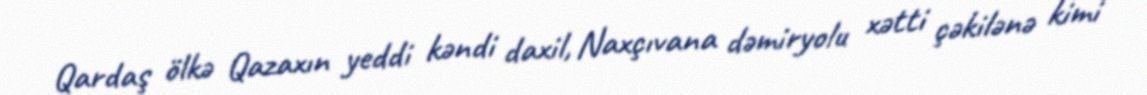
Qardaş ölkə Qazaxın yeddi kəndi daxil, Naxçıvana dəmiryolu xətti çəkilənə kimi